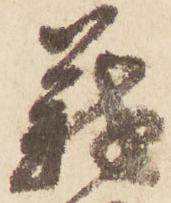
義